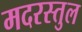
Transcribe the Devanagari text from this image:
मदरस्तुल